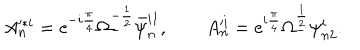
A _ { n } ^ { * i } = \mathrm { e } ^ { - i { \frac { \pi } { 4 } } } \Omega _ { - } ^ { - { \frac { 1 } { 2 } } } \bar { \psi } _ { n } ^ { i \dot { 1 } } , \qquad A _ { n } ^ { i } = \mathrm { e } ^ { i { \frac { \pi } { 4 } } } \Omega _ { - } ^ { { \frac { 1 } { 2 } } } \psi _ { n 2 } ^ { i } .